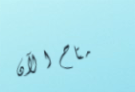
متاح الآن